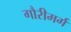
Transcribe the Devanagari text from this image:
गौरीमर्ग